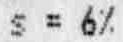
S = 6%